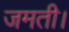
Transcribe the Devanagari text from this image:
जमती।